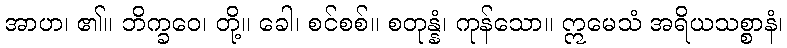
အာဟ၊ ၏။ ဘိက္ခဝေ၊ တို့။ ခေါ၊ စင်စစ်။ စတုန္နံ၊ ကုန်သော။ ဣမေသံ အရိယသစ္စာနံ၊